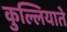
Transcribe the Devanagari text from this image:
कुल्लियाते